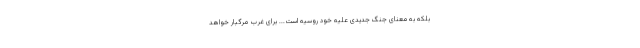
بلکه به معنای جنگ جدیدی علیه خود روسیه است... برای غرب مرگبار خواهد